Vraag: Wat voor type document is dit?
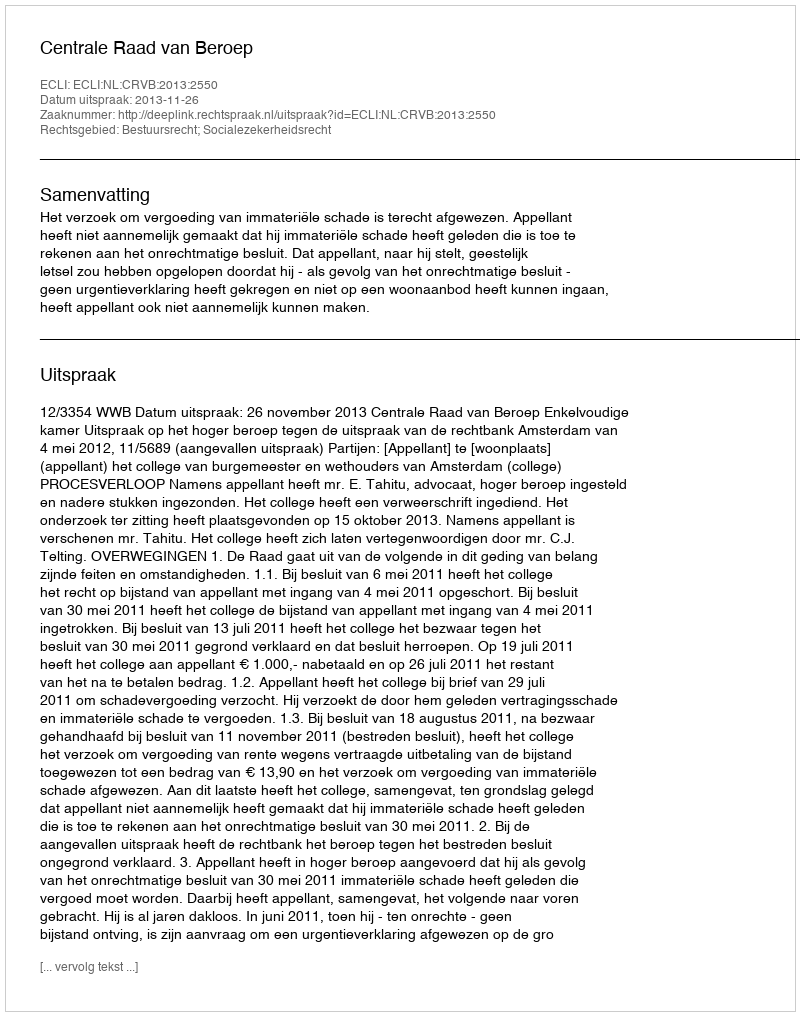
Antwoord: Uitspraak